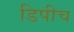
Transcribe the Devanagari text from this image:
डिपीच